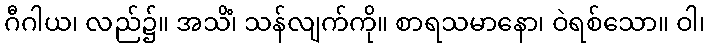
ဂီဂါယ၊ လည်၌။ အသိံ၊ သန်လျက်ကို။ စာရသမာနော၊ ဝဲရစ်သော။ ဝါ၊